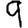
Digit: 9